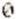
0